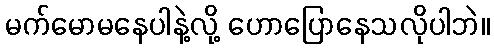
မက်မောမနေပါနဲ့လို့ ဟောပြောနေသလိုပါဘဲ။